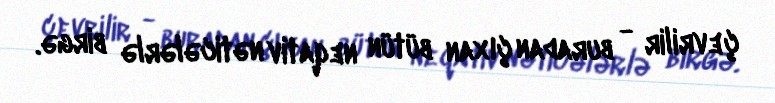
çevrilir - buradan çıxan bütün neqativ nəticələrlə birgə.